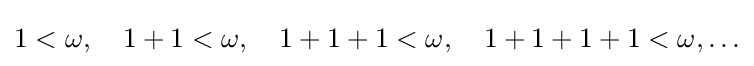
1<\omega ,\quad 1+1<\omega ,\quad 1+1+1<\omega ,\quad 1+1+1+1<\omega ,\ldots